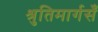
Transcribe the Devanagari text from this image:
श्रुतिमार्गसँ